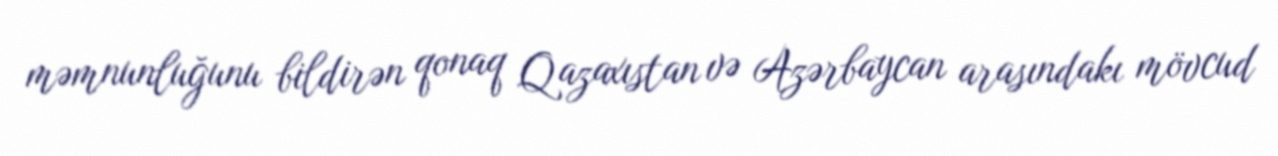
məmnunluğunu bildirən qonaq Qazaxıstan və Azərbaycan arasındakı mövcud